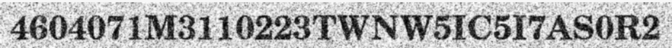
4604071M3110223TWNW5IC5I7AS0R2